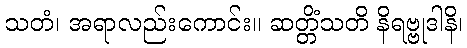
သတံ၊ အရာလည်းကောင်း။ ဆတ္တိံသတိ နိရဗ္ဗုဒါနိ၊